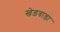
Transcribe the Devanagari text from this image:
खेड़वाड़ा